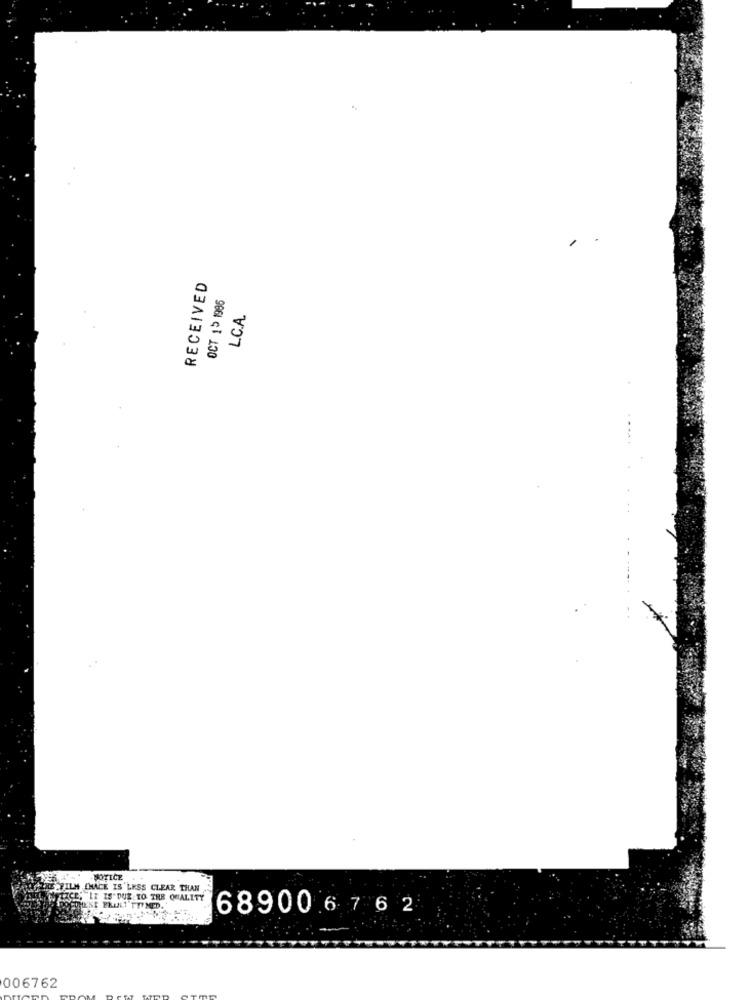
RECEIVED
OCT 15 1996
L.C.A.
ATT FILM [HACE IS'LESS CLEAR THAN
ZAJ ALICE; IT IS DUE TO THE QUALITY
689006 76 2
006762